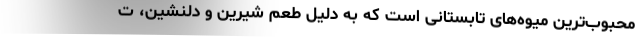
محبوب‌ترین میوه‌های تابستانی است که به دلیل طعم شیرین و دلنشین، ت